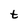
Character: t